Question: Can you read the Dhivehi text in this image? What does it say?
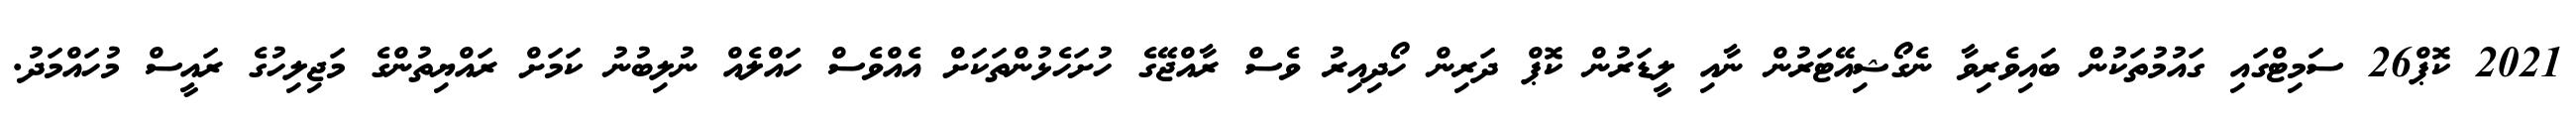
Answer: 2021 ކޮޕް26 ސަމިޓްގައި ގައުމުތަކުން ބައިވެރިވާ ނެގޯޝިއޭޓަރުން ނާއި ލީޑަރުން ކޮޕް ދަރިން ހޯދިއިރު ވެސް ރާއްޖޭގެ ހުށަހެޅުންތަކަށް އެއްވެސް ހައްލެއް ނުލިބުނު ކަމަށް ރައްޔިތުންގެ މަޖިލިހުގެ ރައީސް މުހައްމަދު.